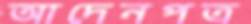
আদেনপত্র